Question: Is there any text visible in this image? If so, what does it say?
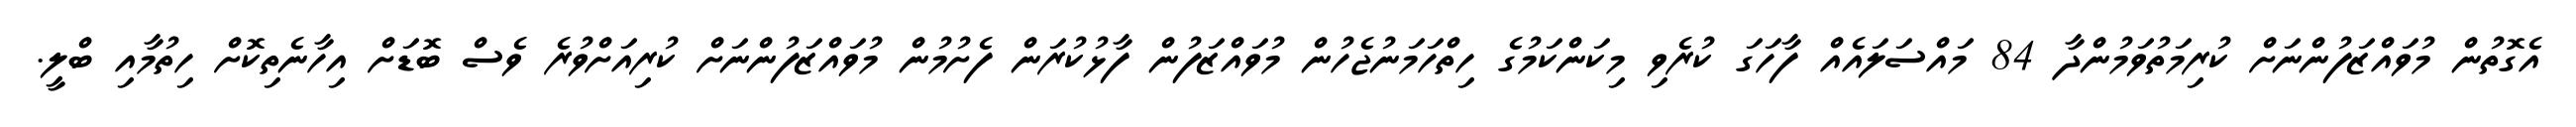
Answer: އެގޮތުން މުވައްޒަފުންނަށް ކުރިމަތުވަމުންދާ 84 މައްސަލައެއް ފާހަގަ ކުރެވި މިކަންކަމުގެ ހިތްހަމަނުޖެހުން މުވައްޒަފުން ފާޅުކުރަން ފެށުމުން މުވައްޒަފުންނަށް ކުރިއަށްވުރެ ވެސް ބޮޑަށް އިހާނެތިކޮށް ހިތުމާއި ބްލީ.